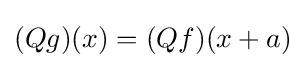
{(Qg)(x)=(Qf)(x+a)}